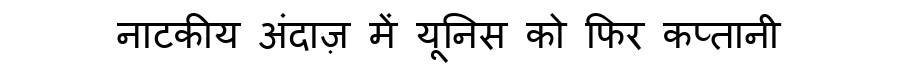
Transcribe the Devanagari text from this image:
नाटकीय अंदाज़ में यूनिस को फिर कप्तानी